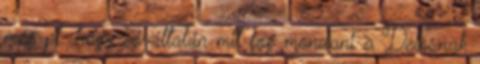
még pl. hogy egyáltalán mit fog mondani a Delosnak